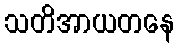
သတိအာယတနေ